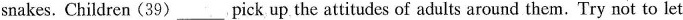
snakes. Children (39)___pick up the attitudes of adults around them. Try not to let